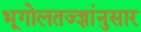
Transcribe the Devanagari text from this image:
भूगोलतज्ज्ञांनुसार